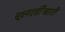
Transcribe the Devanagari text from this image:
सूक्ष्मदर्शीखाली